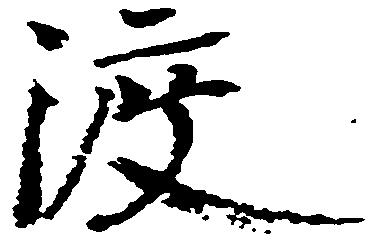
渡